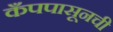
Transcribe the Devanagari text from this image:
कँपपासूनची